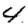
Digit: 4